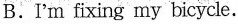
B.I'm fixing my bicycle.